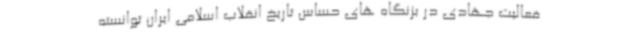
فعالیت جهادی در بزنگاه های حساس تاریخ انقلاب اسلامی ایران توانسته